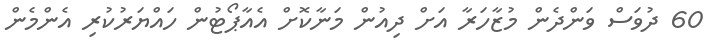
60 ދުވަސް ވަންދެން މުޒާހަރާ އަށް ދިއުން މަނާކޮށް އެއާޕޯޓުން ހައްޔަރުކުރި އެންމެން